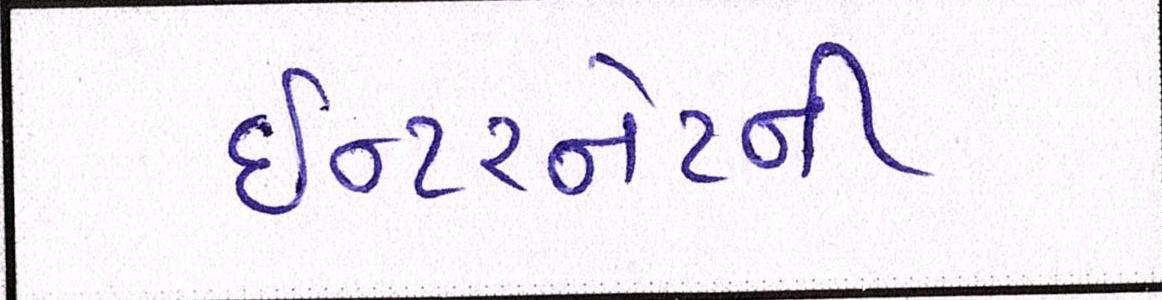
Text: ઈન્ટરનેટની